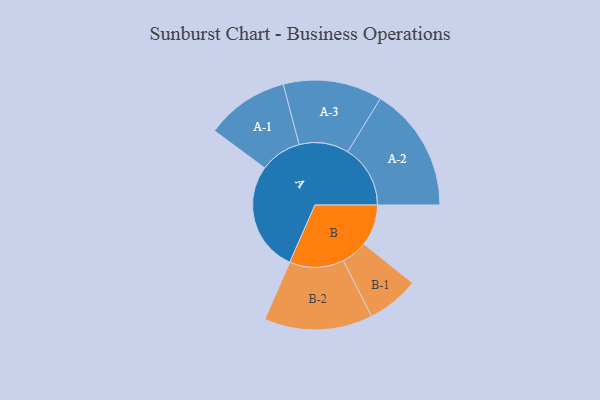
{"axis": {"x": "Segment", "y": "Value"}, "legend": ["", "A", "B"], "data": [{"x": "A", "y": 492, "type": ""}, {"x": "B", "y": 185, "type": ""}, {"x": "A-1", "y": 186, "type": "A"}, {"x": "A-2", "y": 280, "type": "A"}, {"x": "A-3", "y": 222, "type": "A"}, {"x": "B-1", "y": 117, "type": "B"}, {"x": "B-2", "y": 243, "type": "B"}]}